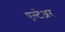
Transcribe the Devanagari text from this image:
एल्टेअर